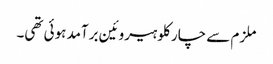
ملزم سے چار کلو ہیروئین برآمد ہوئی تھی۔